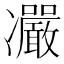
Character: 𠘥